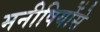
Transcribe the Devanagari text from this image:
मनीषियोंसे